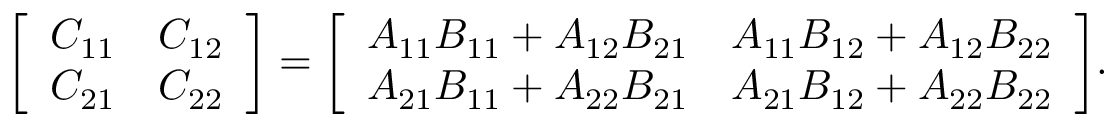
{ \left[ \begin{array} { l l } { C _ { 1 1 } } & { C _ { 1 2 } } \\ { C _ { 2 1 } } & { C _ { 2 2 } } \end{array} \right] } = { \left[ \begin{array} { l l } { A _ { 1 1 } B _ { 1 1 } + A _ { 1 2 } B _ { 2 1 } } & { A _ { 1 1 } B _ { 1 2 } + A _ { 1 2 } B _ { 2 2 } } \\ { A _ { 2 1 } B _ { 1 1 } + A _ { 2 2 } B _ { 2 1 } } & { A _ { 2 1 } B _ { 1 2 } + A _ { 2 2 } B _ { 2 2 } } \end{array} \right] } .